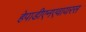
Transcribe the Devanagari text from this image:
हेपाडीएनएवायरस